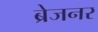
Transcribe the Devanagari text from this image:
ब्रेजनर